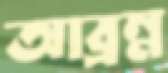
আব্রম্ন